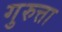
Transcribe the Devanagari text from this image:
गुरुत्ता